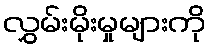
လွှမ်းမိုးမှုများကို